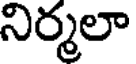
నిర్మలా